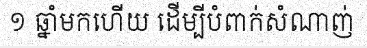
១ ឆ្នាំមកហើយ ដើម្បីបំពាក់សំណាញ់